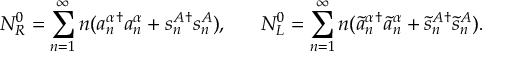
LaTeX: N _ { R } ^ { 0 } = \sum _ { n = 1 } ^ { \infty } n ( a _ { n } ^ { \alpha } { } ^ { \dagger } a _ { n } ^ { \alpha } + s _ { n } ^ { A } { } ^ { \dagger } s _ { n } ^ { A } ) , ~ ~ ~ ~ ~ N _ { L } ^ { 0 } = \sum _ { n = 1 } ^ { \infty } n ( \tilde { a } _ { n } ^ { \alpha } { } ^ { \dagger } \tilde { a } _ { n } ^ { \alpha } + \tilde { s } _ { n } ^ { A } { } ^ { \dagger } \tilde { s } _ { n } ^ { A } ) .